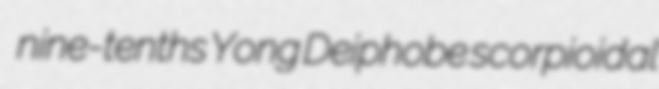
nine-tenths Yong Deiphobe scorpioidal